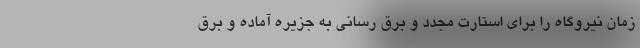
زمان نیروگاه را برای استارت مجدد و برق رسانی به جزیره آماده و برق